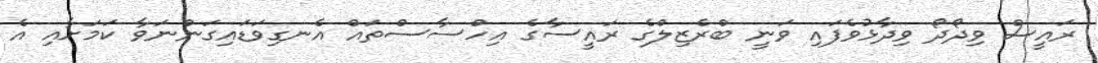
ރައީސް ވިދޯދޯ ވިދާޅުވެފައި ވަނީ ބްރެޒިލްގެ ރައީސާގެ އިހްސާސްތައް އެނގިވަޑައިގަންނަވާ ކަމަށާއި އެ